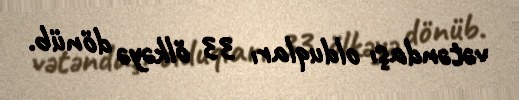
vətəndaşı olduqları 33 ölkəyə dönüb.